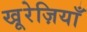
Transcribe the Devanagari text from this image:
खू़रेज़ियाँ